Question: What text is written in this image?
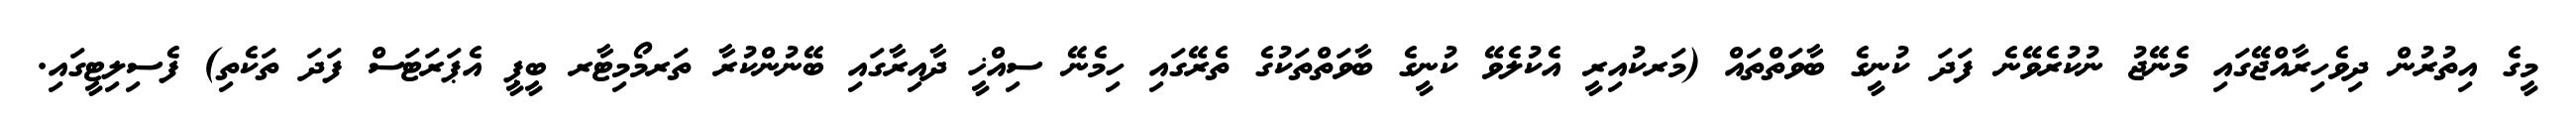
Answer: މީގެ އިތުރުން ދިވެހިރާއްޖޭގައި މެނޭޖު ނުކުރެވޭނެ ފަދަ ކުނީގެ ބާވަތްތައް (މަރކުއިރީ އެކުލެވޭ ކުނީގެ ބާވަތްތަކުގެ ތެރޭގައި ހިމެނޭ ސިއްޚީ ދާއިރާގައި ބޭނުންކުރާ ތަރމޯމިޓާރ ބީޕީ އެޕަރަޓަސް ފަދަ ތަކެތި) ފެސިލިޓީގައި.